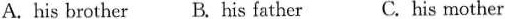
A. his brother B. His father C. his mother